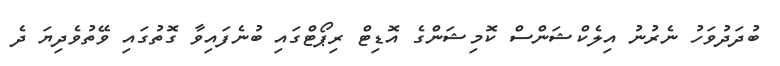
ބުދަދުވަހު ނެރުނު އިލެކްޝަންސް ކޮމިޝަންގެ އޮޑިޓް ރިޕޯޓްގައި ބުނެފައިވާ ގޮތުގައި ވޭތުވެދިޔަ ދެ